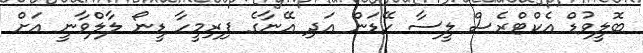
ބޮލީވުޑް އެކްޓްރެސް ލީސާ ހޭޑަން އަދި އޭނާގެ ފިރިމީހާ ޑީނޯ ލާލްވާނީ އަށް